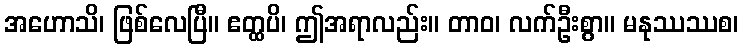
အဟောသိ၊ ဖြစ်လေပြီ။ ဧတ္ထပိ၊ ဤအရာလည်း။ တာဝ၊ လက်ဦးစွာ။ မနုဿဿစ၊